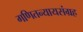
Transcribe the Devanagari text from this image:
गणितन्यायसंग्रह